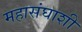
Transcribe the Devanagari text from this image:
महासंघाशी